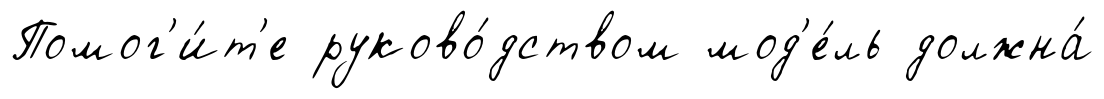
Помог'и́т'е руково́дством мод'е́ль должна́